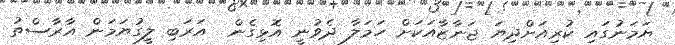
ޔަމަނުގައި ކުރިއަށްދިޔަ ޖަނާޒާއަކަށް ހަމަލާ ދެވުނީ އޮޅިގެން  އަރަބި ލީގުޔަމަން އާރާސްތު